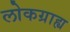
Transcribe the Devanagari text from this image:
लोकग्राह्य